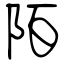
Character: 陌